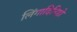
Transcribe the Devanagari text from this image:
लिंगादिनिष्ठो